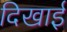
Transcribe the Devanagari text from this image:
दिखार्इ